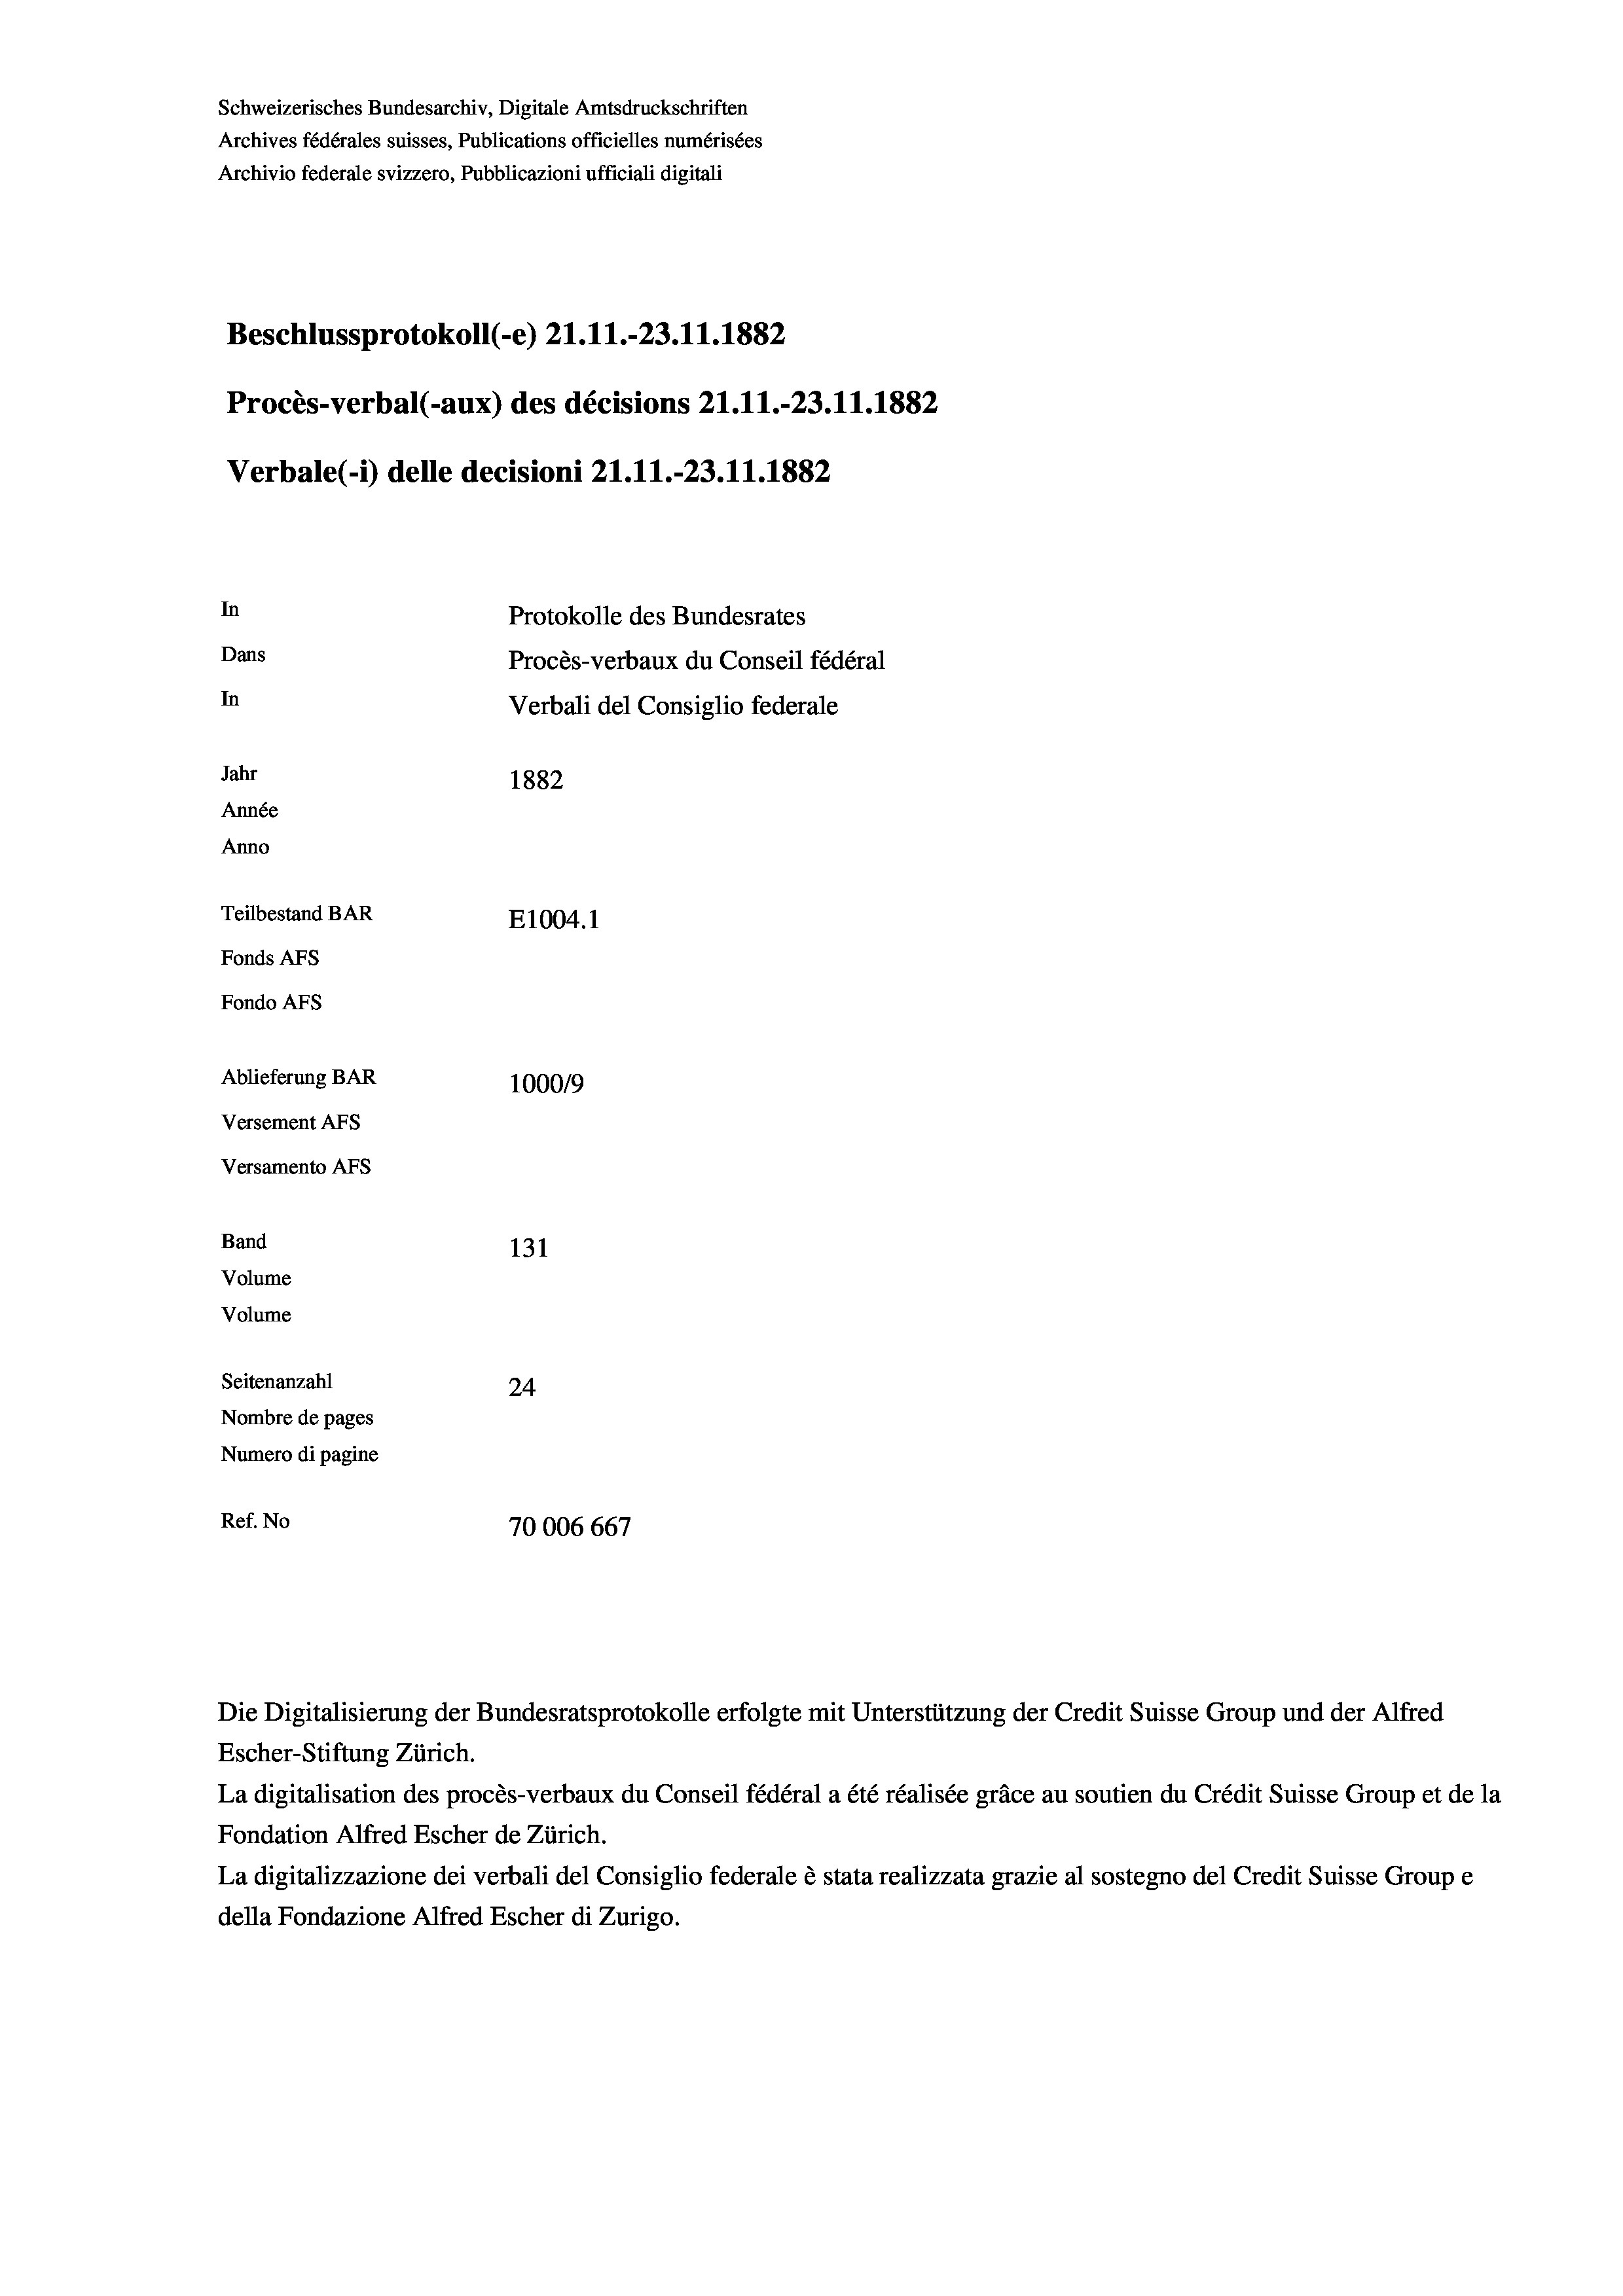
Schweizerisches Bundesarchiv, Digitale Amtsdruckschriften
Archives fédérales suisses, Publications officielles numérisées
Archivio federale svizzero, Pubblicazioni ufficiali digitali
Beschlussprotokoll (-e) 21.11.-23. 11. 1882
Procès-verbal (-aux) des décisions 21.11.-23.11.1882
Verbale (- 1) delle decisioni 21.11.-23.11.1882
In
Protokolle des Bundesrates
Dans
Procès-verbaux du Conseil fédéral
In
Verbali del Consiglio federale
Jahr
1882
Année
Anno
Teilbestand BAR
E1004. 1
Fonds AFs
Fondo AFS
Ablieferung BAR
100019
Versement AFs
Versamento Afs
Band
131
Volume
Volume
Seitenanzahl
24
Nombre de pages
Numero di pagine
Ref. No
70006 667

Die Digitalisierung der Bundesratsprotokolle erfolgte mit Unterstützung der Credit Suisse Group und der Alfred
Escher-Stiftung Zürich.
La digitalisation des procès-verbaux du Conseil fédéral a été réalisée gräce au soutien du Crédit Suisse Group et de la
Fondation Alfred Escher de Zürich.
La digitalizzazione dei verbali del Consiglio federale è stata realizzata grazie al sostegno del Credit Suisse Groupe
della Fondazione Alfred Escher di Zurigo.